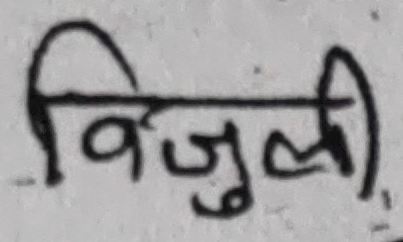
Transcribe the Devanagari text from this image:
विजुली